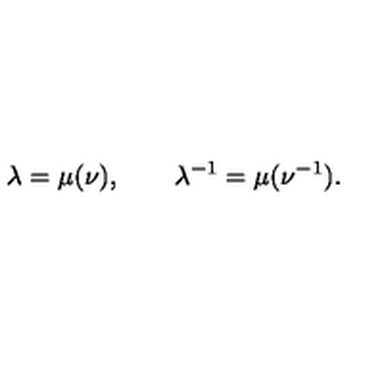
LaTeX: \lambda = \mu ( \nu ) , \qquad \lambda ^ { - 1 } = \mu ( \nu ^ { - 1 } ) .